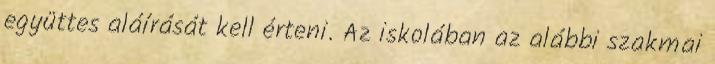
együttes aláírását kell érteni. Az iskolában az alábbi szakmai